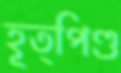
হূত্পিণ্ড